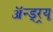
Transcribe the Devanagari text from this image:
ॲन्ड्र्‍यू